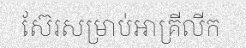
ស៊ែរសម្រាប់អាគ្រីលីក